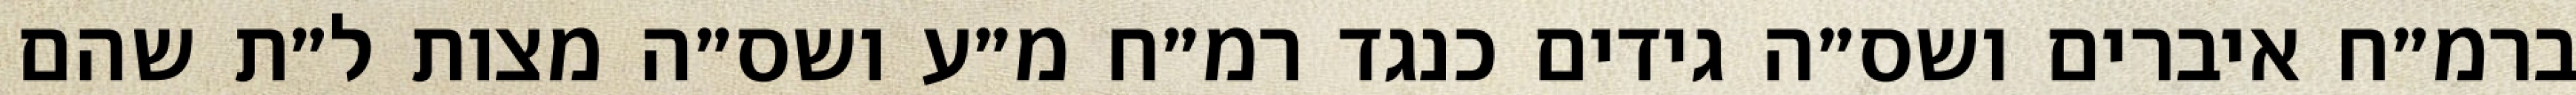
ברמ״ח איברים ושס״ה גידים כנגד רמ״ח מ״ע ושס״ה מצות ל״ת שהם